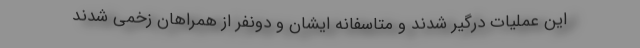
این عملیات درگیر شدند و متاسفانه ایشان و دونفر از همراهان زخمی شدند